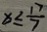
x \leq \frac { 1 7 } { 7 }